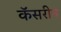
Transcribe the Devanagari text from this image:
कॅसरीन